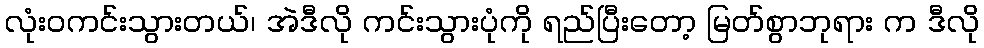
လုံးဝကင်းသွားတယ်၊ အဲဒီလို ကင်းသွားပုံကို ရည်ပြီးတော့ မြတ်စွာဘုရား က ဒီလို